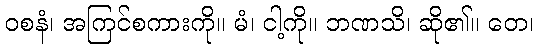
ဝစနံ၊ အကြင်စကားကို။ မံ၊ ငါ့ကို။ ဘဏသိ၊ ဆို၏။ တေ၊